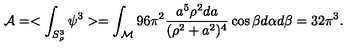
{ \cal A } = < \int _ { S _ { \rho } ^ { 3 } } \psi ^ { 3 } > = \int _ { \cal M } 9 6 \pi ^ { 2 } { \frac { a ^ { 5 } \rho ^ { 2 } d a } { ( \rho ^ { 2 } + a ^ { 2 } ) ^ { 4 } } } \cos \beta d \alpha d \beta = 3 2 \pi ^ { 3 } .